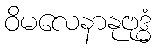
ဝိမလေနာနုဗုဒ္ဓံ